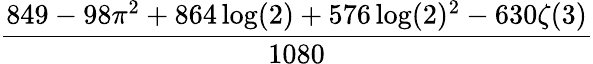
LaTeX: \frac{849-98\pi^{2}+864\log(2)+576\log(2)^{2}-630\zeta(3)}{1080}